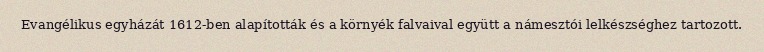
Evangélikus egyházát 1612-ben alapították és a környék falvaival együtt a námesztói lelkészséghez tartozott.